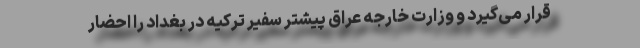
قرار می‌گیرد و وزارت خارجه عراق پیشتر سفیر ترکیه در بغداد را احضار